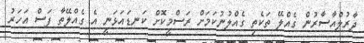
ދާރުލްއާސާރުން ގެއްލޭ ތަކެތި ގެއްލުނުކަމަށް ރަސްމީކޮށް ކަނޑައަޅަނީ އެ ގެއްލޭތާ ފަސް އަހަރު